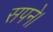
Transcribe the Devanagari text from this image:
सपने।